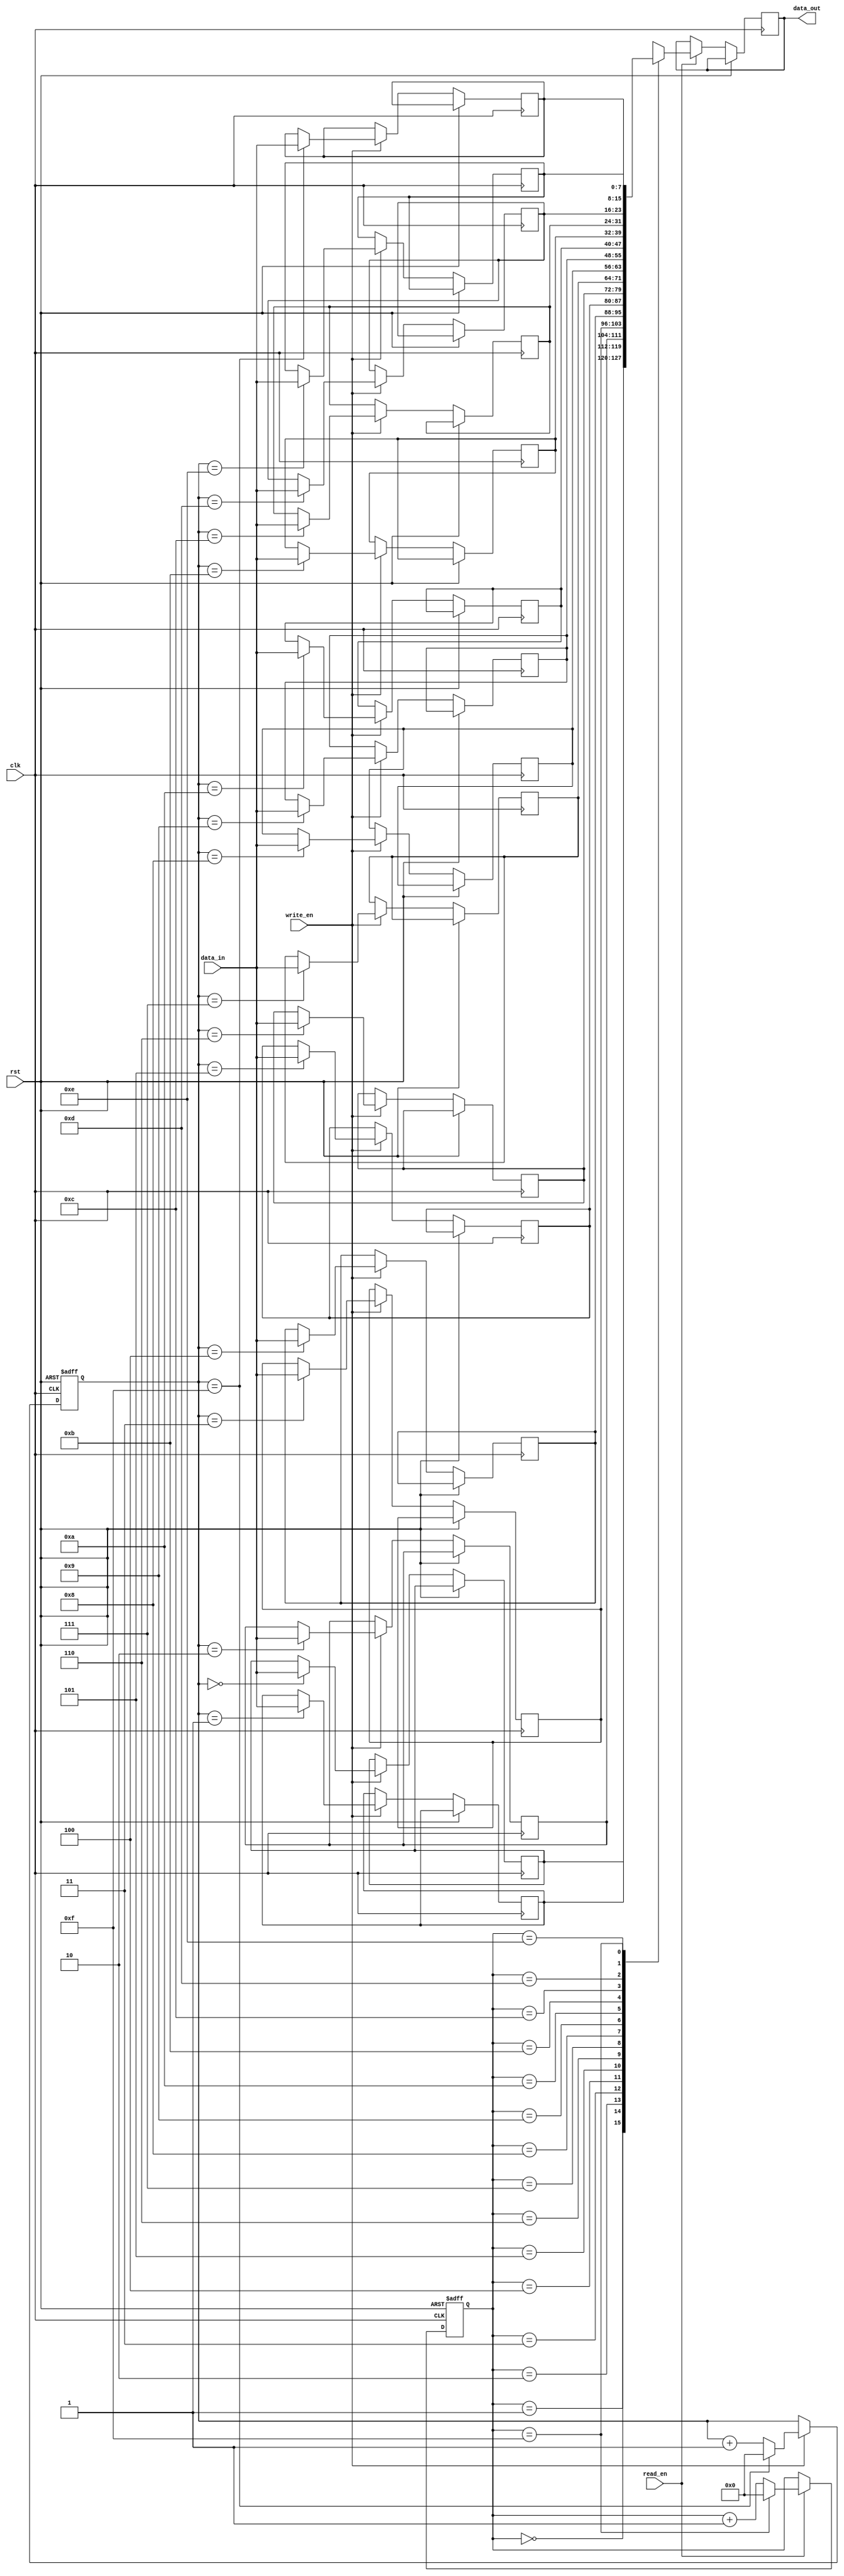
module dual_port_fifo (
    input wire clk,
    input wire rst,
    input wire write_en,
    input wire read_en,
    input wire [7:0] data_in,
    output wire [7:0] data_out
);

reg [7:0] fifo [0:15];

reg [3:0] read_ptr;
reg [3:0] write_ptr;

always @(posedge clk or posedge rst) begin
    if (rst) begin
        read_ptr <= 4'b0000;
        write_ptr <= 4'b0000;
    end else begin
        if (write_en) begin
            fifo[write_ptr] <= data_in;
            write_ptr <= write_ptr + 1;
            if (write_ptr == 4'b1111) begin
                write_ptr <= 4'b0000;
            end
        end
        if (read_en) begin
            data_out <= fifo[read_ptr];
            read_ptr <= read_ptr + 1;
            if (read_ptr == 4'b1111) begin
                read_ptr <= 4'b0000;
            end
        end
    end
end

endmodule